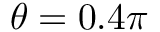
\theta = 0 . 4 \pi